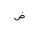
Letter: _dad